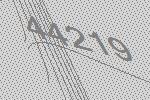
44219